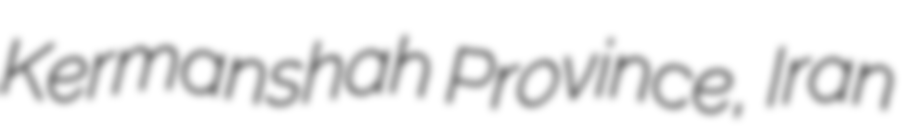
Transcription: Kermanshah Province, Iran